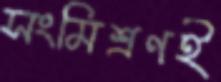
সংমিশ্রণই